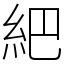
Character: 紦